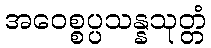
အဝေစ္စပ္ပသန္နသုတ္တံ